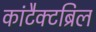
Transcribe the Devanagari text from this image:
कांटैक्टब्रिल